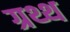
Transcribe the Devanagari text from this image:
ग्रथ्थ